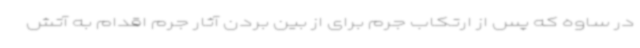
در ساوه که پس از ارتکاب جرم برای از بین بردن آثار جرم اقدام به آتش